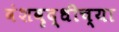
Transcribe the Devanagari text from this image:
वंशवृद्धीच्या